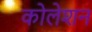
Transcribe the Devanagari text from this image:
कोलेशन